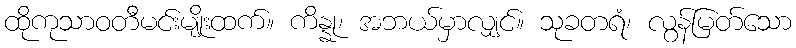
ထိုကုသာဝတီမင်းမျိုးထက်။ ကိန္နု၊ အဘယ်မှာလျှင်။ သုခတရံ၊ လွန်မြတ်သော